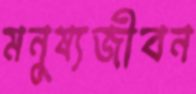
মনুষ্যজীবন